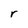
Character: r